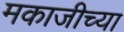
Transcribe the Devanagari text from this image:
मकाजीच्या